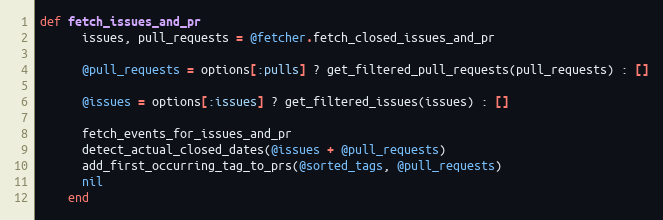
Language: Ruby
def fetch_issues_and_pr
      issues, pull_requests = @fetcher.fetch_closed_issues_and_pr

      @pull_requests = options[:pulls] ? get_filtered_pull_requests(pull_requests) : []

      @issues = options[:issues] ? get_filtered_issues(issues) : []

      fetch_events_for_issues_and_pr
      detect_actual_closed_dates(@issues + @pull_requests)
      add_first_occurring_tag_to_prs(@sorted_tags, @pull_requests)
      nil
    end